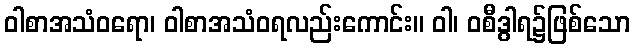
ဝါစာအသံဝရော၊ ဝါစာအသံဝရလည်းကောင်း။ ဝါ၊ ဝစီဒွါရ၌ဖြစ်သော